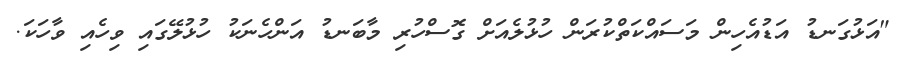
"އަޅުގަނޑު އަޑުއެހިން މަސައްކަތްކުރަން ހުޅުުލެއަށް ގޮސްހުރި މާބަނޑު އަންހެނަކު ހުޅުލޭގައި ވިހެއި ވާހަކަ.